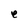
Character: e